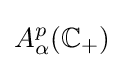
A_{\alpha }^{p}(\mathbb {C} _{+})